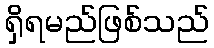
ရှိရမည်ဖြစ်သည်